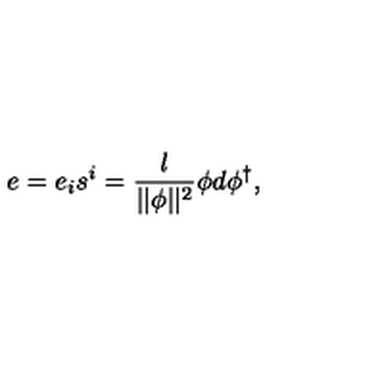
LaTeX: e = e _ { i } s ^ { i } = \frac l { | | \phi | | ^ { 2 } } \phi d \phi ^ { \dagger } ,